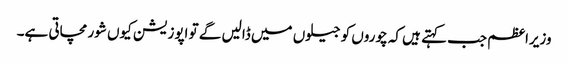
وزیراعظم جب کہتے ہیں کہ چوروں کو جیلوں میں ڈالیں گے تو اپوزیشن کیوں شور مچاتی ہے۔